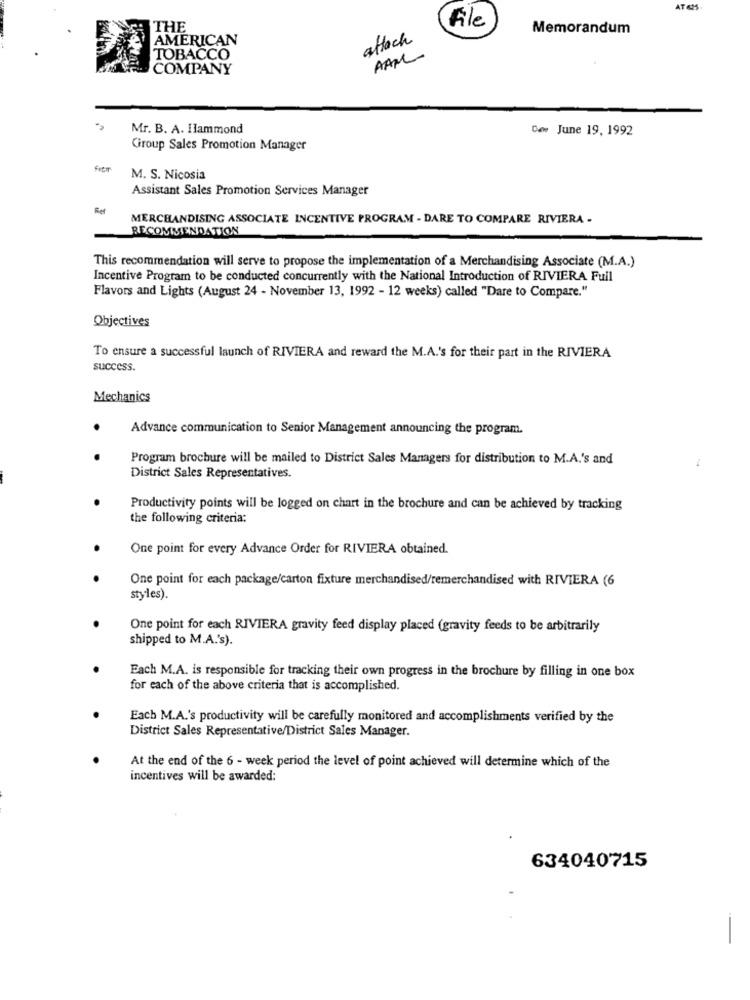
AT &
Ale
THE
Memorandum
AMERICAN
attach
AAM
TOBACCO
COMPANY
Mr. B. A. Ilammond
Caw June 19, 1992
Giroup Sales Promotion Manager
M. S. Nicosia
Assistant Sales Promotion Services Manager
MERCHANDISING ASSOCIATE INCENTIVE PROGRAM - DARE TO COMPARE RIVIERA -
RECOMMENDATION
This recommendation will serve to propose the implementation of a Merchandising Associate (M.A.)
Incentive Program to be conducted concurrently with the National Introduction of RIVIERA Full
Flavors and Lights (August 24 - November 13, 1992 - 12 weeks) called "Dare to Compare."
Objectives
To ensure a successful launch of RIVIERA and reward the M.A.'s for their part in the RIVIERA
success.
Mechanics
Advance communication to Senior Management announcing the program.
Program brochure will be mailed to District Sales Managers for distribution to M.A.'s and
District Sales Representatives.
Productivity points will be logged on chart in the brochure and can be achieved by tracking
the following criteria:
One point for every Advance Order for RIVIERA obtained.
One point for each package/carton fixture merchandised/remerchandised with RIVIERA (6
styles).
One point for each RIVIERA gravity feed display placed (gravity feeds to be arbitrarily
shipped to M.A.'s).
Each M.A. is responsible for tracking their own progress in the brochure by filling in one box
for each of the above criteria that is accomplished.
Each M.A.'s productivity will be carefully monitored and accomplishments verified by the
District Sales Representative/District Sales Manager.
At the end of the 6 - week period the level of point achieved will determine which of the
incentives will be awarded:
634040715